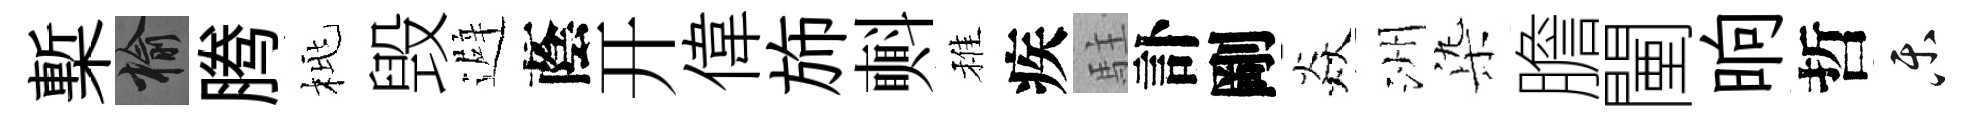
槧榆腾桃毁避蔭开偉斾㪺稚疾駐訃剛焱洲𣑱膽闉晌哲乐